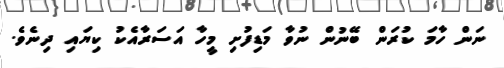
ނަން ހާމަ ކުރަން ބޭނުން ނުވާ މަޑިފުށި މީހާ އަސަރާއެކު ކިޔައި ދިނެވެ.